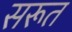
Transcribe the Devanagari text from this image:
सरूत